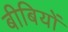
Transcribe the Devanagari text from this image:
बीबियों